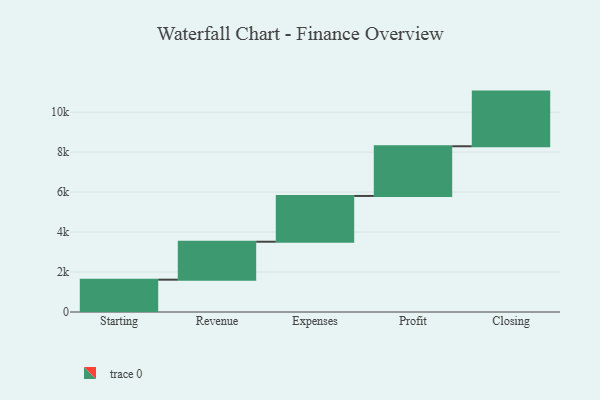
{"axis": {"x": "Step", "y": "Value"}, "legend": [""], "data": [{"x": "Starting", "y": 1618.0, "type": ""}, {"x": "Revenue", "y": 1899.0, "type": ""}, {"x": "Expenses", "y": 2290.0, "type": ""}, {"x": "Profit", "y": 2487.0, "type": ""}, {"x": "Closing", "y": 2735.0, "type": ""}]}